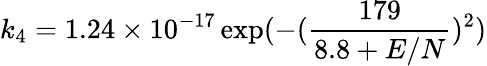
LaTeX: k_{4}=1.24\times 10^{-17}\exp(-(\frac{179}{8.8+E/N})^{2})